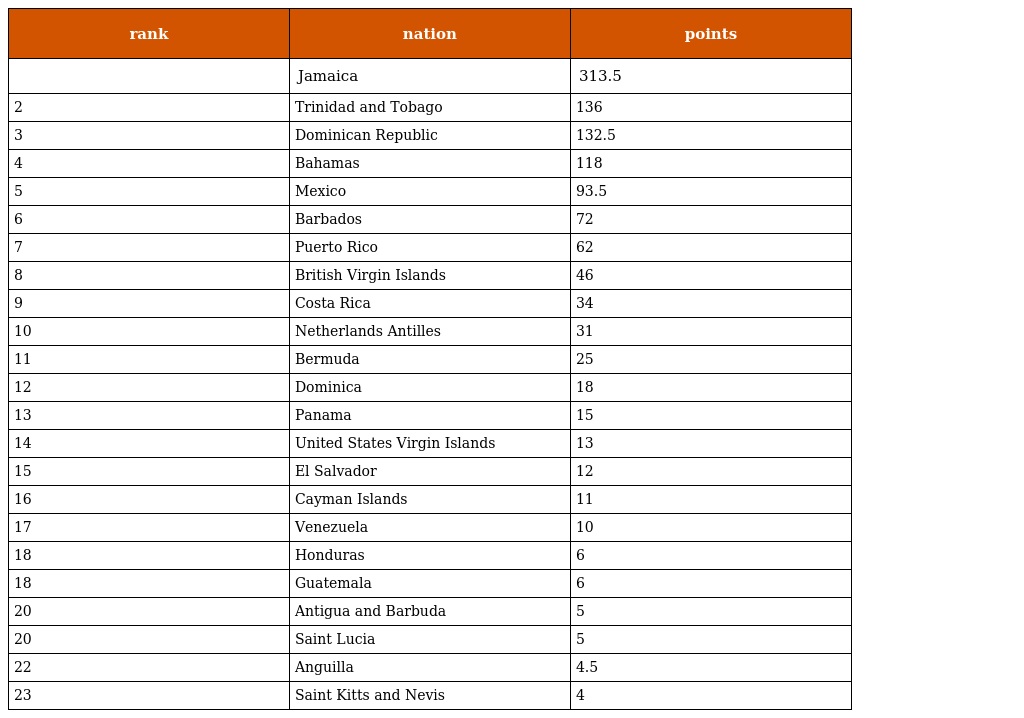
| rank | nation | points |
 | --- | --- | --- |
 |  | Jamaica | 313.5 |
 | 2 | Trinidad and Tobago | 136 |
 | 3 | Dominican Republic | 132.5 |
 | 4 | Bahamas | 118 |
 | 5 | Mexico | 93.5 |
 | 6 | Barbados | 72 |
 | 7 | Puerto Rico | 62 |
 | 8 | British Virgin Islands | 46 |
 | 9 | Costa Rica | 34 |
 | 10 | Netherlands Antilles | 31 |
 | 11 | Bermuda | 25 |
 | 12 | Dominica | 18 |
 | 13 | Panama | 15 |
 | 14 | United States Virgin Islands | 13 |
 | 15 | El Salvador | 12 |
 | 16 | Cayman Islands | 11 |
 | 17 | Venezuela | 10 |
 | 18 | Honduras | 6 |
 | 18 | Guatemala | 6 |
 | 20 | Antigua and Barbuda | 5 |
 | 20 | Saint Lucia | 5 |
 | 22 | Anguilla | 4.5 |
 | 23 | Saint Kitts and Nevis | 4 |